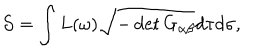
{ \cal S } = \int L ( \omega ) \sqrt { - \det G _ { \alpha \beta } } d \tau d \sigma ,